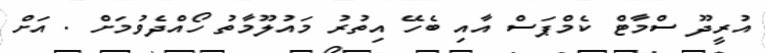
އުރީދޫ ސްމާޓް ކެމްޕަސް އާއި ބެހޭ އިތުރު މައުލޫމާތު ހޯއްދެވުމަށް . އަށް